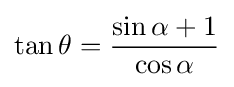
\tan \theta ={\frac {\sin \alpha +1}{\cos \alpha }}